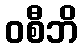
ဝစီဘိ